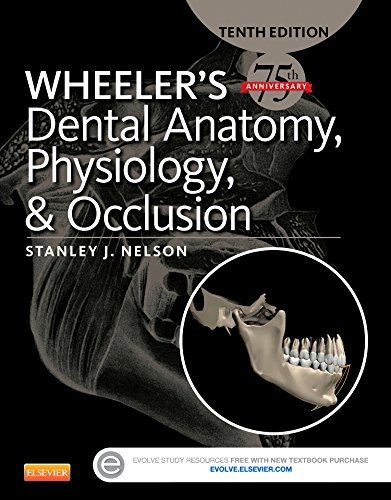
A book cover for Wheeler's Dental Anatomy, Physiology and Occlusion, 10e; Stanley J. Nelson DDS  MS; Medical Books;